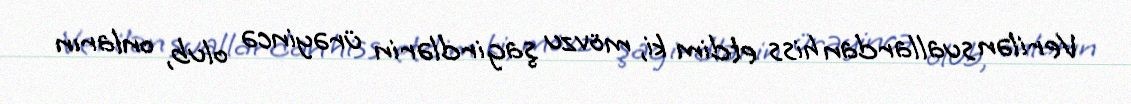
Verilən suallardan hiss etdim ki, mövzu şagirdlərin ürəyincə olub, onların